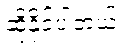
ဆိုနိုင်ပါတယ်။